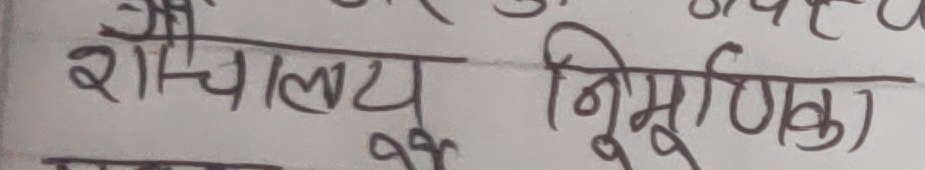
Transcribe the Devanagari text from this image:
शौचालय निर्माणका